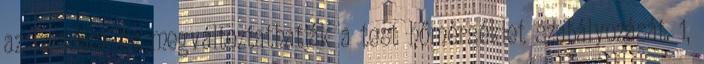
az izzadást és megváltoztathatják a test hőmérséklet szabályozását. 1,